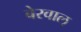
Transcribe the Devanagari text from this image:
बेरवाल्